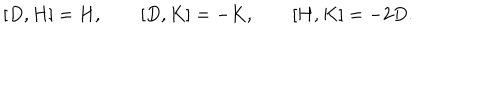
[ D , H ] = H , \qquad [ D , K ] = - K , \qquad [ H , K ] = - 2 D .